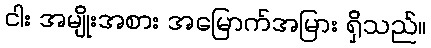
ငါး အမျိုးအစား အမြောက်အမြား ရှိသည်။